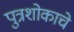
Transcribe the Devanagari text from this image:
पुत्रशोकाचे